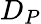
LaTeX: D_{P}